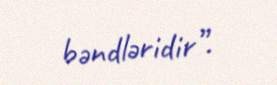
bəndləridir”.